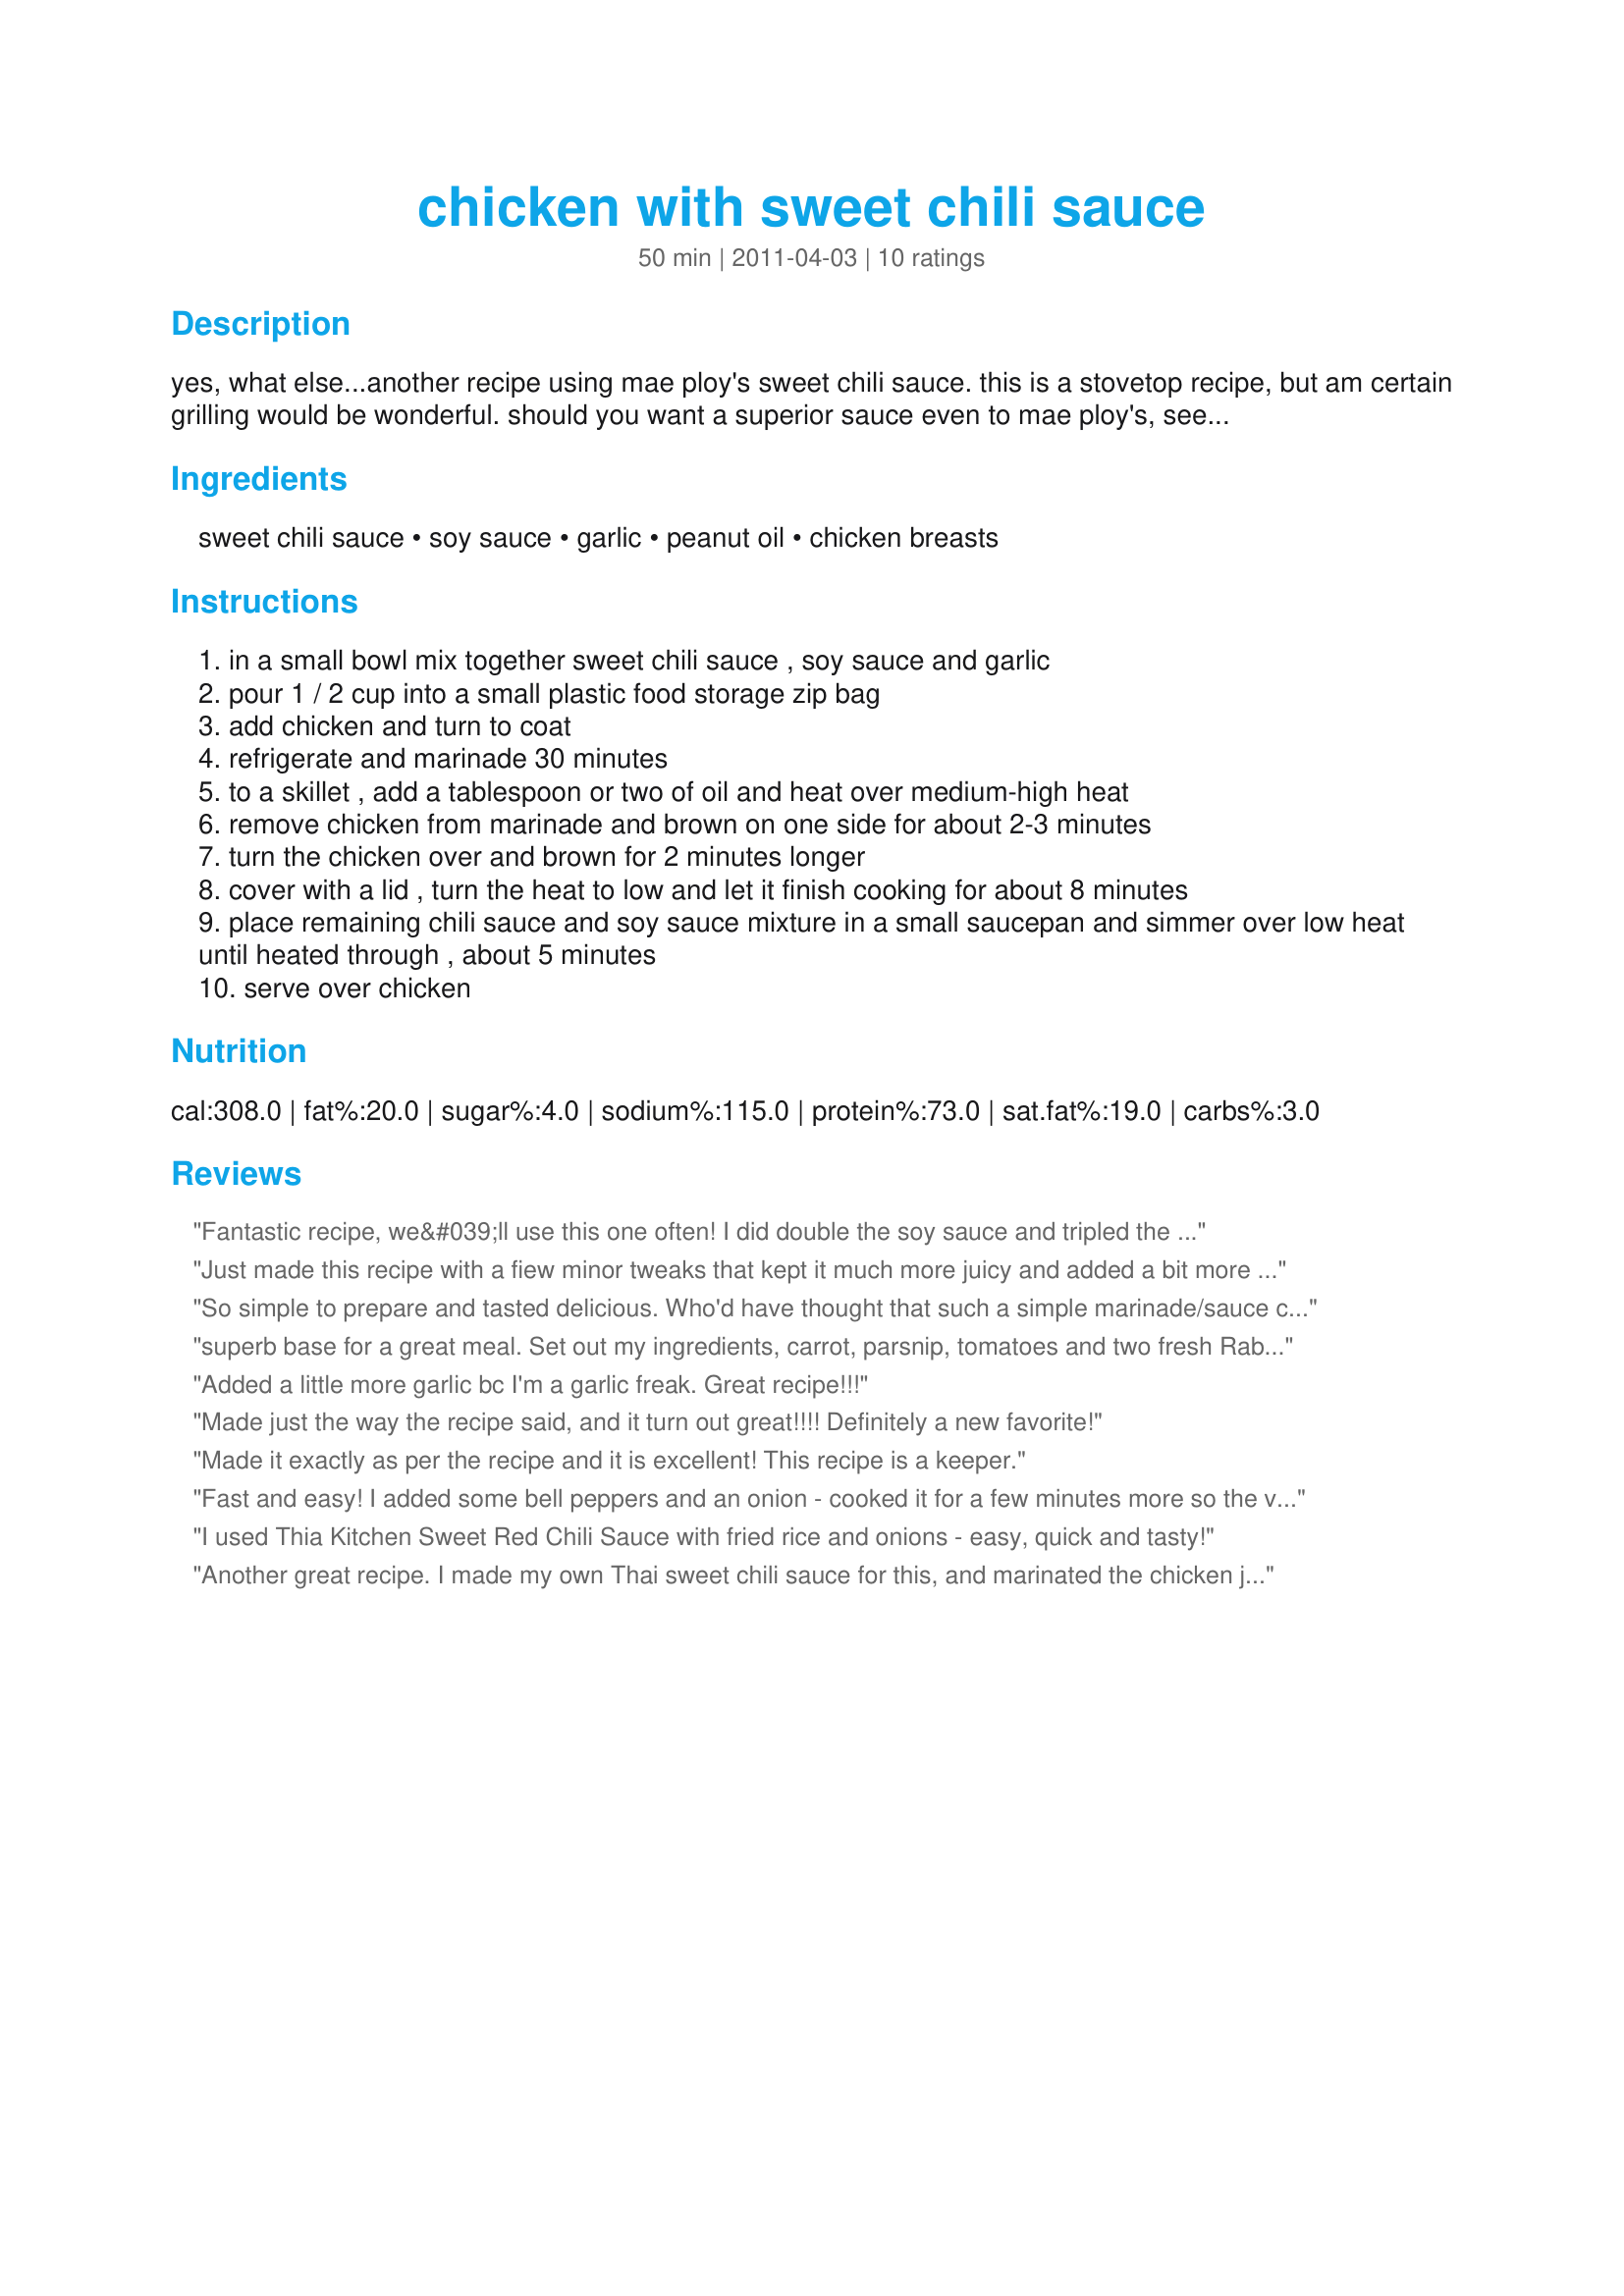
chicken with sweet chili sauce
Preparation time: 50 minutes

yes, what else...another recipe using mae ploy's sweet chili sauce. this is a stovetop recipe, but am certain grilling would be wonderful. should you want a superior sauce even to mae ploy's, see recipe #457035.

Ingredients:
sweet chili sauce, soy sauce, garlic, peanut oil, chicken breasts

Steps:
in a small bowl mix together sweet chili sauce , soy sauce and garlic
pour 1 / 2 cup into a small plastic food storage zip bag
add chicken and turn to coat
refrigerate and marinade 30 minutes
to a skillet , add a tablespoon or two of oil and heat over medium-high heat
remove chicken from marinade and brown on one side for about 2-3 minutes
turn the chicken over and brown for 2 minutes longer
cover with a lid , turn the heat to low and let it finish cooking for about 8 minutes
place remaining chili sauce and soy sauce mixture in a small saucepan and simmer over low heat until heated through , about 5 minutes
serve over chicken

Reviews:
Fantastic recipe, we&#039;ll use this one often! I did double the soy sauce and tripled the Sweet Chili Sauce. It&#039;s delicious and VERY easy!
Just made this recipe with a fiew minor tweaks that kept it much more juicy and added a bit more sweetness. Marinade: 1/2 Cup Chili Paste 1/2 Cup Soy Sauce 1 Tbsp Siracha 1 Garlic (Cloves cut to halves) The biggest difference I made was the cooking preperations. Before even cooking the chicken I cut up a moderately sized tomatoe in eigths and began frying them in my wok with a bit of vegetable oil and ground pepper. After 5 minutes add 2 chicken breasts with about a 1/4 cup of the marinade, cover and cook on medium for about 8 - 10 minutes each side or until juices run clear. Thanks again for the great recipe!
So simple to prepare and tasted delicious. Who'd have thought that such a simple marinade/sauce combination would taste so good?! Definitely a keeper recipe. I used a gluten-free soy sauce with the sweet chilli sauce and two large garlic cloves for a gluten-free meal. Served with fried rice. Photo to be posted.Made for April 2011 Recipe Swap in the Aus/NZ Forum
superb base for a great meal. Set out my ingredients, carrot, parsnip, tomatoes and two fresh Rabbits. Stir fried my veges in two teaspoons of olive oil and two teaspoons of butter then when just done I added 1 teaspoon of Hoisin sauce then put in hot oven while I cooked the rabbit as per recipe for chicken and then I finished the dish as per the recipe. I then served the dish to four friendly golfers with Ramen noodles (three minutes) and their talking about the meal ever since. Superb Recipe.
Added a little more garlic bc I'm a garlic freak. Great recipe!!!
Made just the way the recipe said, and it turn out great!!!! Definitely a new favorite!
Made it exactly as per the recipe and it is excellent! This recipe is a keeper.
Fast and easy! I added some bell peppers and an onion - cooked it for a few minutes more so the veggies were still crisp. Great recipe!
I used Thia Kitchen Sweet Red Chili Sauce with fried rice and onions - easy, quick and tasty!
Another great recipe. I made my own Thai sweet chili sauce for this, and marinated the chicken just a bit longer. The dish ended up tasting so good that we were spooning the sauce of our plates because we couldn't get enough of it! Thanks for sharing.
